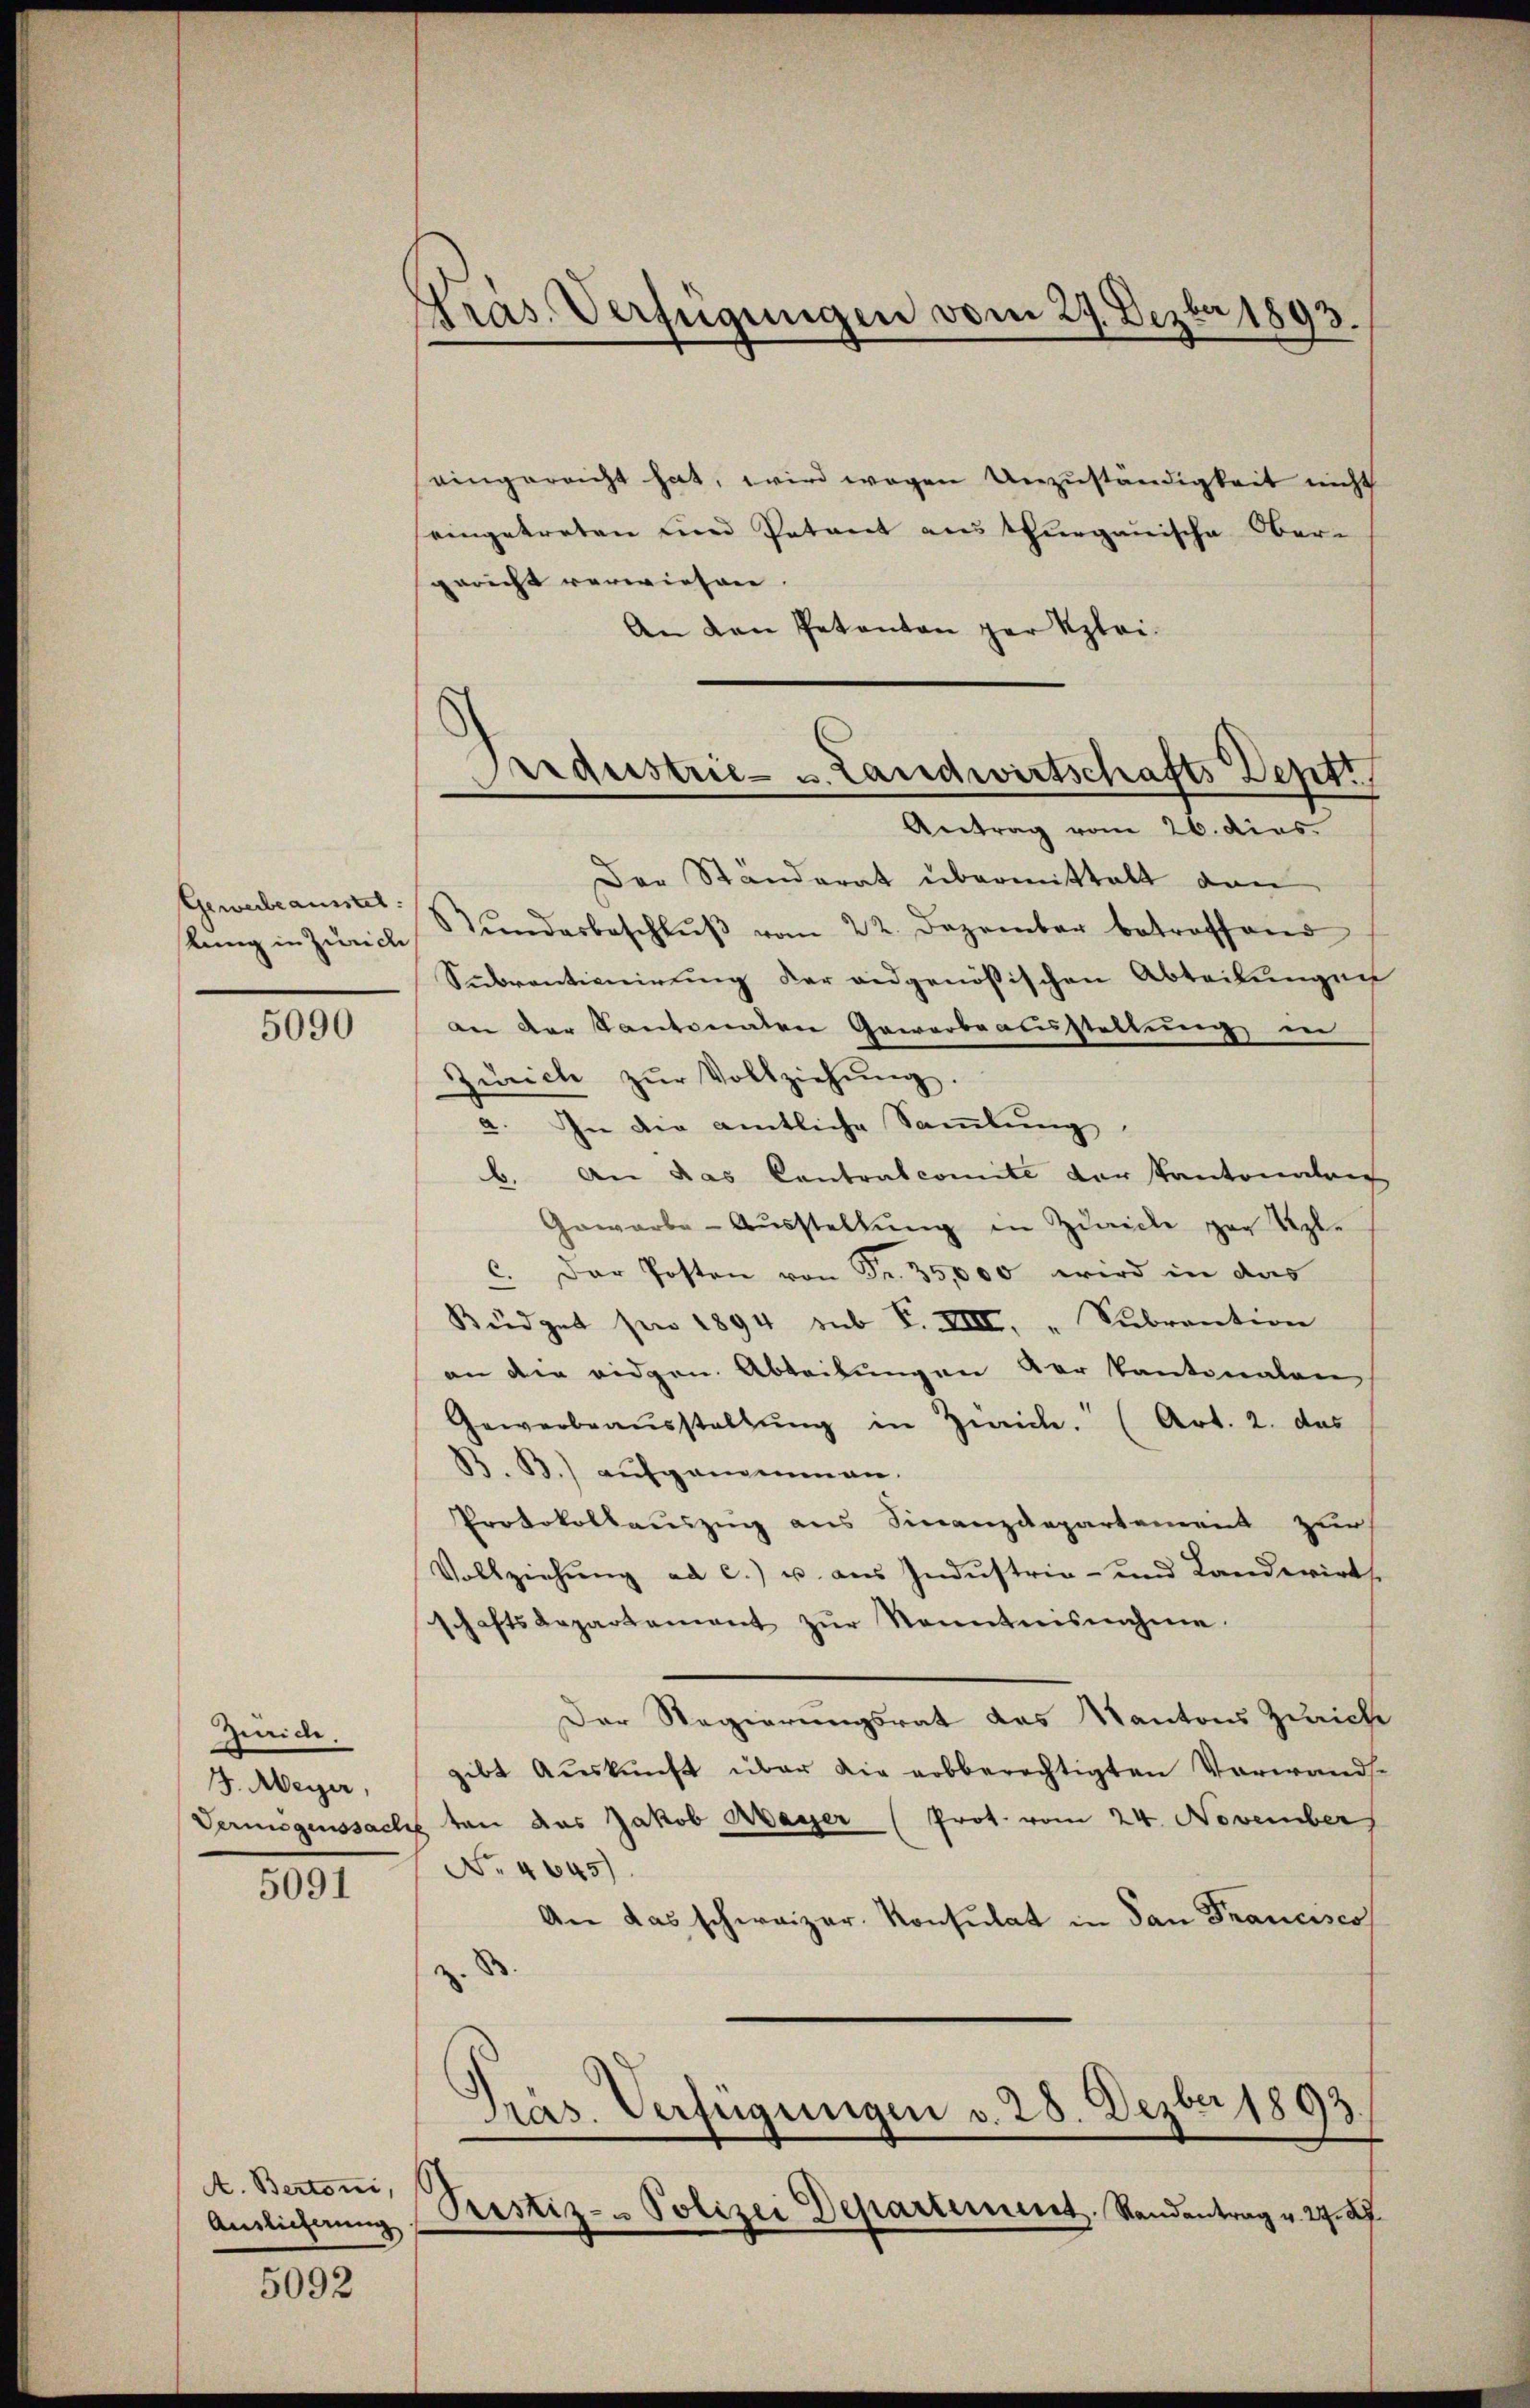
Gewerbeausstel

5090

Zürich.
J. Meyer,

5091

A. Bertoni,
Auslieferung

5092

eingerecht hat, wird wegen Unzuständigkeit nicht
seingetreten und Petent aus Thurgauische Ober-
gericht verwiesen.
An den Petenten per Klei¬

Präs. Verfügungen vom 29. Dezbr 1893.

Prdeestrie- u. Landwirtschafts Dept.
Antrag vom 26. dies

Der Ständerat übermittalt dan
kŭng in Zürich Stŭndesbeschlŭβ vom 22. Dezember betroffend
Subventionirung der eidgenössischen Abteilungen
an der Kantonalen Gewerbe ausstellung in
Zürich zŭr Vollziehŭng.
2. In die amtliche Sammlung,
b. An das Contralcomite der Kantonalen
Gewerbe-Aŭsstellŭng in Zuricle par Seele
C. Der Posten von Fr. 35,000 wird in das
Büdget sei 1894 sub P. VIII. "Sŭbrantion
an die eidgen. Abteilungen der Kantonalen
Gewerbraŭsstellŭng in Zürich. (Art. 2. das
B. B.) aufgenommen.
Protokollauszug aus Finanzdepartement zur
Vollziehŭng ad c.) u. aus Industrie- und Landwirts
schaftsdepartement zŭr Kenntnisnahme
Der Regierungsrat das Kantons Zürich
gibt Auskunft über die erbberechtigten Verwands-
Vermögenssache von das Jakob Mayer (Prot. vom 24. November
No 4645)
An das schweizer. Konsulat in dan Francisco
z

Präs. Verfügungen v. 28. Dezbr 1893.
Prestiz- u Polizei Departement. Randantrag v. 27. 27.